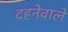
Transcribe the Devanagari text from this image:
दहनेवाले